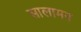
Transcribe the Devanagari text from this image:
सालामन